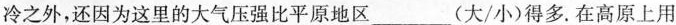
冷之外，还因为这里的大气压强比平原地区___(大/小)得多。在高原上用